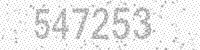
Solution: 547253